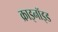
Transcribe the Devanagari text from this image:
क्राइनॉइड